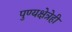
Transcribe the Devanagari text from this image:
पुण्यक्षेत्रेही